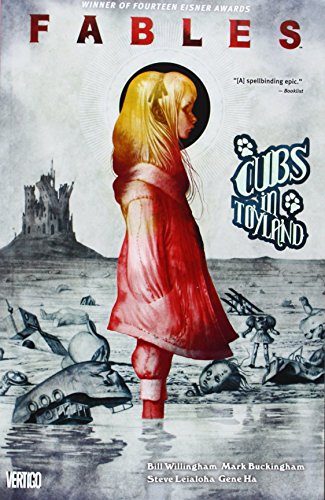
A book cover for Fables, Vol. 18: Cubs in Toyland; Bill Willingham; Comics & Graphic Novels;